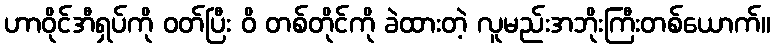
ဟာဝိုင်အီရှပ်ကို ဝတ်ပြီး ဝိ တစ်တိုင်ကို ခဲထားတဲ့ လူမည်းအဘိုးကြီးတစ်ယောက်။